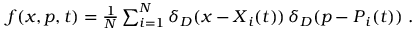
\begin{array} { r } { f ( \ensuremath { \boldsymbol { x } } , \ensuremath { \boldsymbol { p } } , t ) = \frac { 1 } { N } \sum _ { i = 1 } ^ { N } \delta _ { D } ( \ensuremath { \boldsymbol { x } } - \ensuremath { \boldsymbol { X } } _ { i } ( t ) ) \, \delta _ { D } ( \ensuremath { \boldsymbol { p } } - \ensuremath { \boldsymbol { P } } _ { i } ( t ) ) \; . } \end{array}